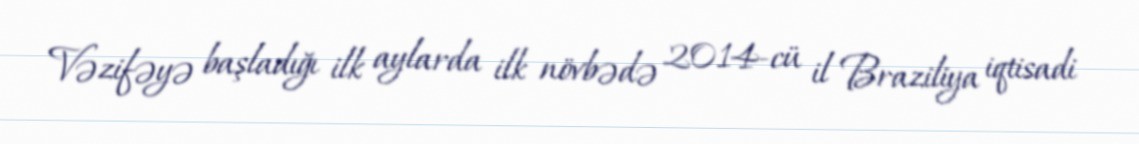
Vəzifəyə başladığı ilk aylarda ilk növbədə 2014-cü il Braziliya iqtisadi